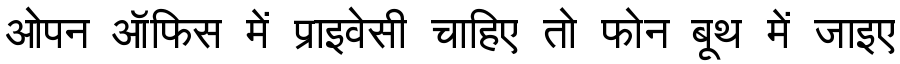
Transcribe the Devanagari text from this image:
ओपन ऑफिस में प्राइवेसी चाहिए तो फोन बूथ में जाइए